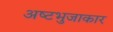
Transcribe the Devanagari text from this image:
अष्‍टभुजाकार